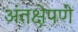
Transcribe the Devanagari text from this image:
अंतक्षेपणे